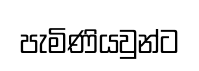
පැමිණියවුන්ට